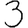
Digit: 3